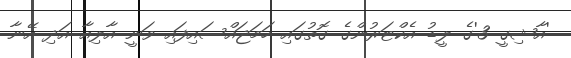
'އާޝިގީ 3'ގެ ލީޑު އެކްޓަރުންގެ ގޮތުގައި ހަމަޖައްސައިފައި ވަނީ އާލިއާ އަދި އޭނާ